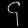
Digit: ၄